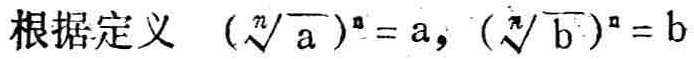
根据定义 \((\sqrt[n]{a})^n = a, (\sqrt[n]{b})^n = b\)